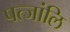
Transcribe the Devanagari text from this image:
पत्जांलि